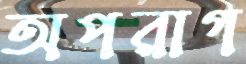
অপরাগ